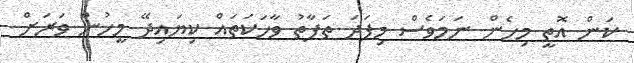
ކަން އޮތީ މިހެން ނަމަވެސް މިފަދަ ތަފާތު ވާހަކަތައް ކިޔައިދޭ މީހުން ވަރަށް